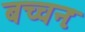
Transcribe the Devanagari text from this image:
बच्चनः